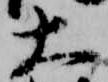
大